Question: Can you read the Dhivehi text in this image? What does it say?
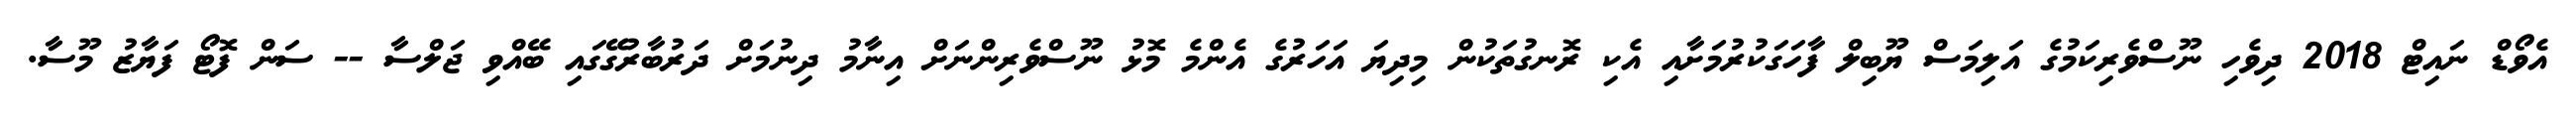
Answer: އެވޯޑް ނައިޓް 2018 ދިވެހި ނޫސްވެރިކަމުގެ އަލިމަސް ޔޫބިލް ފާހަގަކުރުމަށާއި އެކި ރޮނގުތަކުން މިދިޔަ އަހަރުގެ އެންމެ މޮޅު ނޫސްވެރިންނަށް އިނާމު ދިނުމަށް ދަރުބާރުގޭގައި ބޭއްވި ޖަލްސާ -- ސަން ފޮޓޯ ފަޔާޒު މޫސާ.